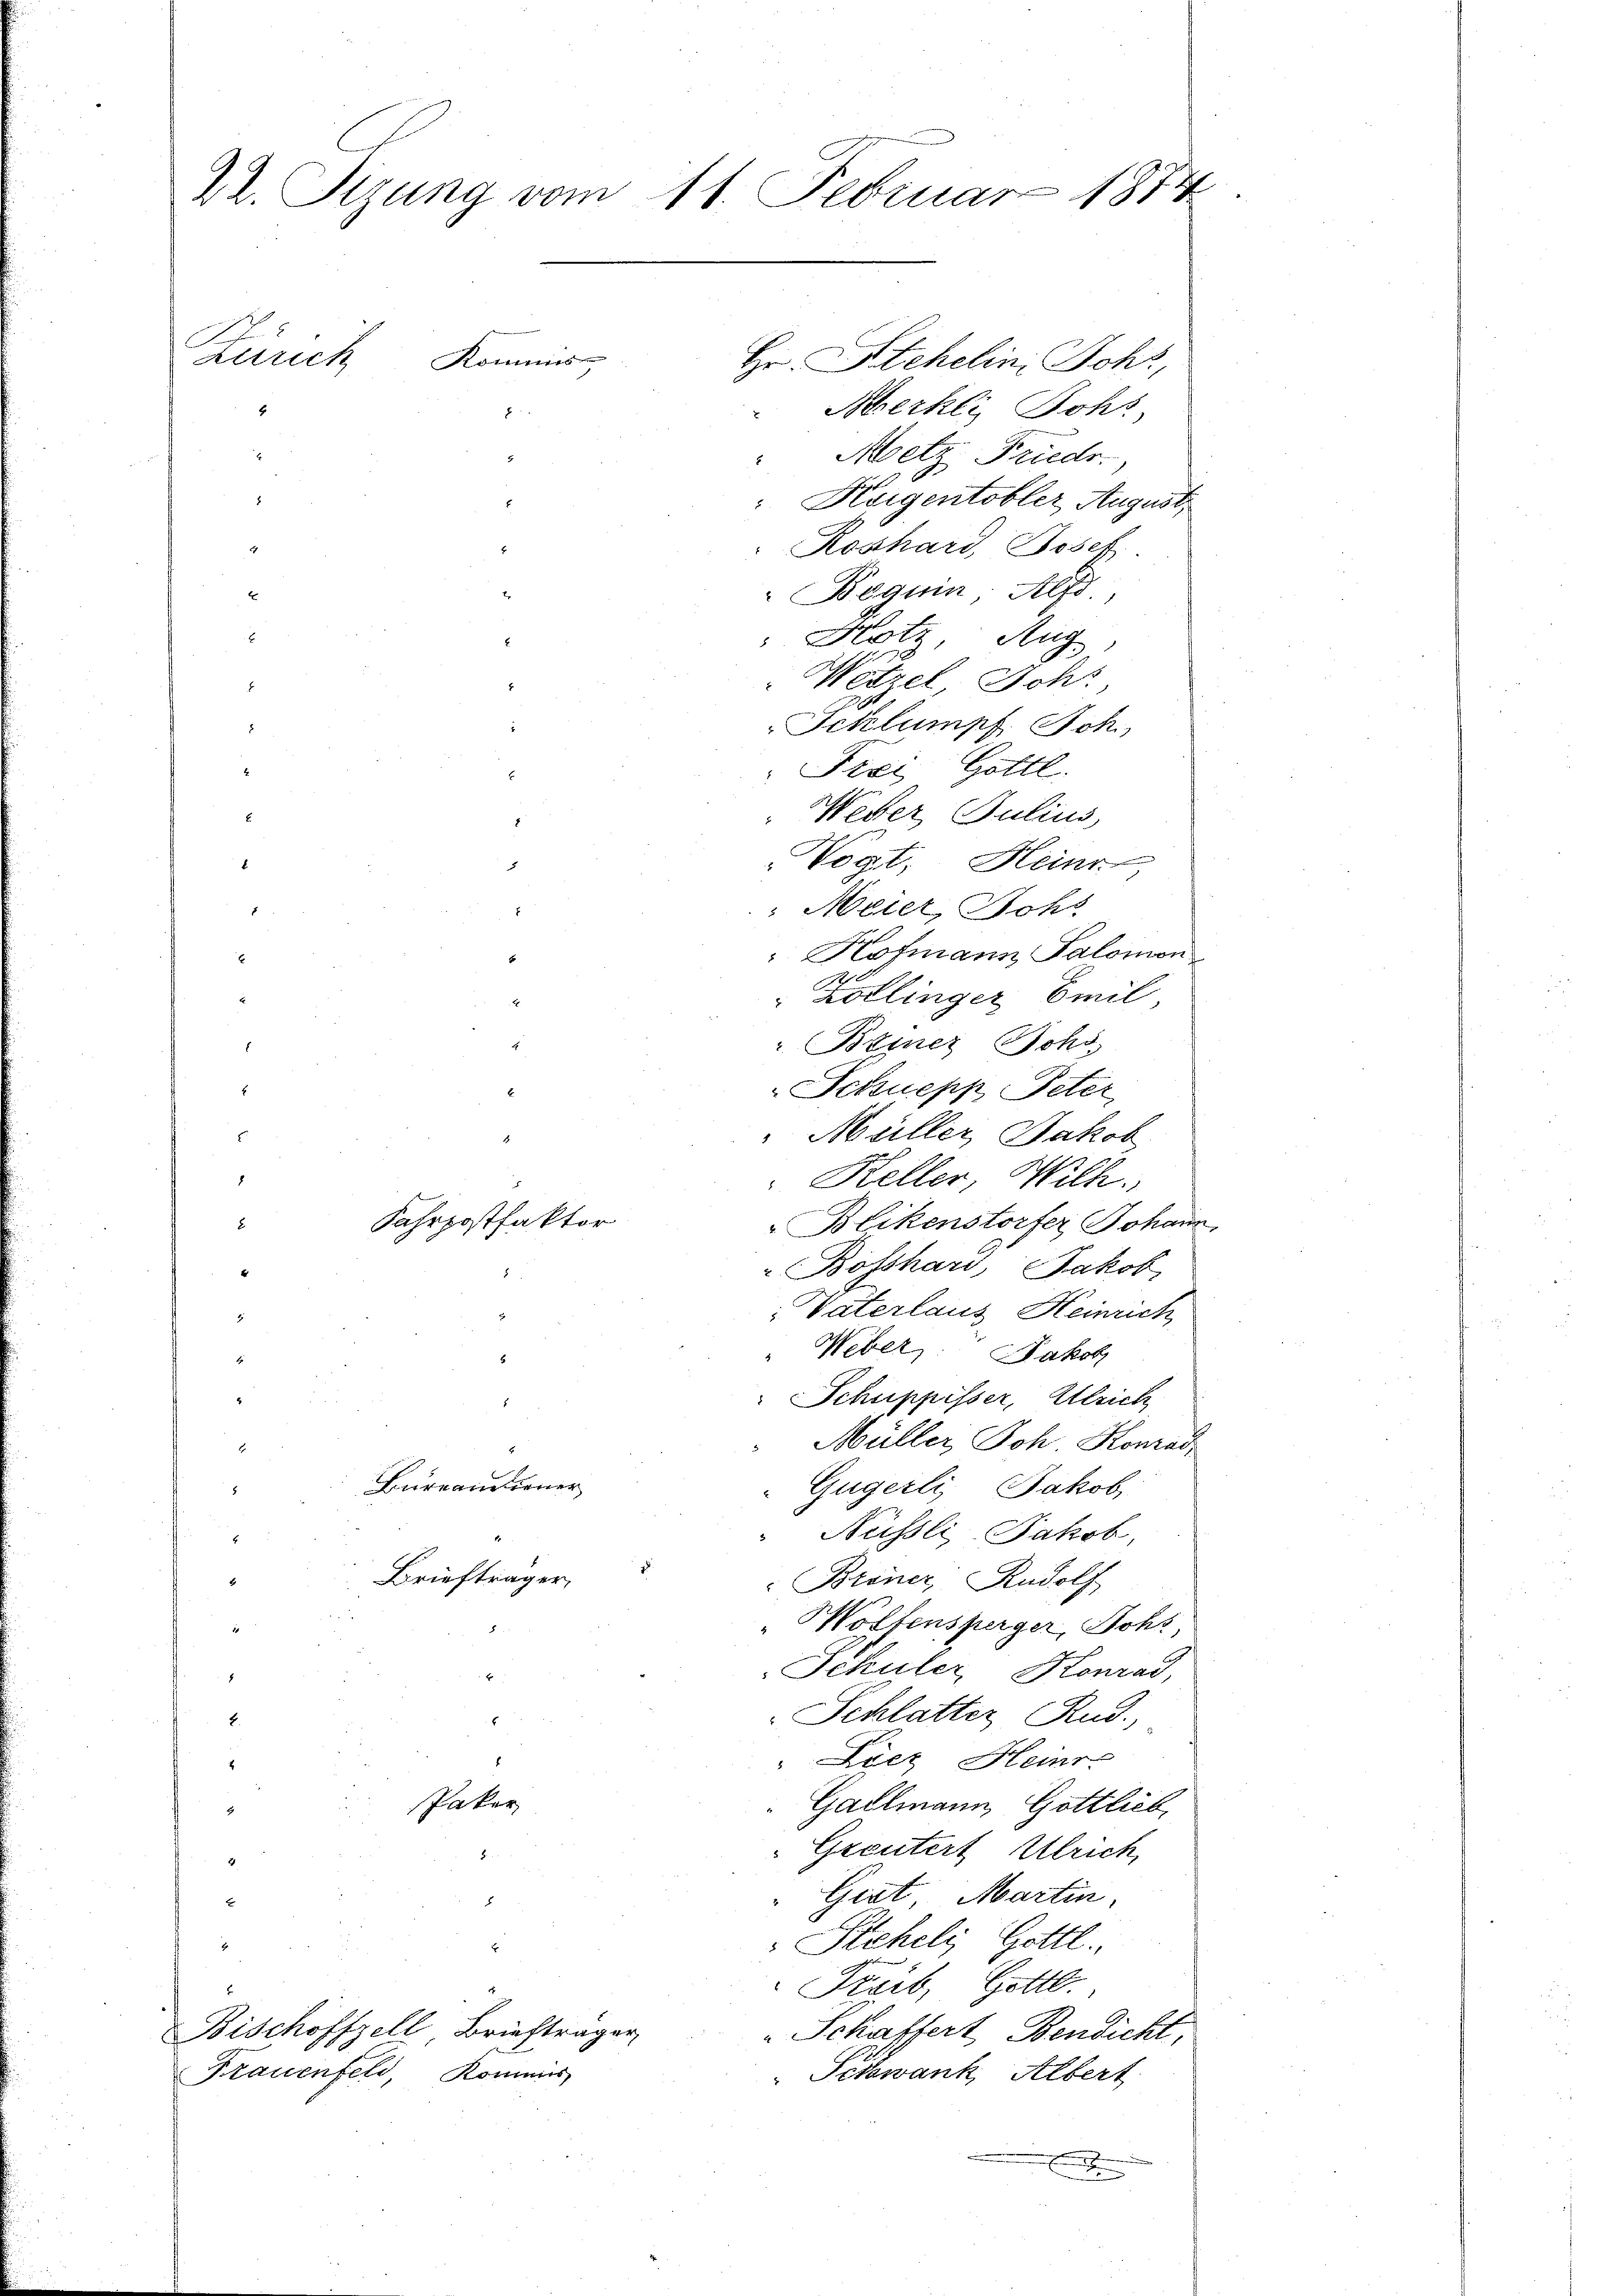
Dr. Sitzung vom 11. Februar 1874
Zürich Kommis
Hr. Stehelin Johs.
Herhli, Johs
8
2
Moetz, Friedr.

.
Frauenfeld, Kommis

Fahrpostfaktor

Kaigentobler August
.
Roshard, Josef
Beguin, Alfd.
"Hotz, Aug
Wetzel, Johs.
Schlumpf Joh.
Frei Gottl.
Weber Julius
Vogt, Heinr
5
 Meier, Rohs
 Hofmann Salomon
" Zollinger Emil,
"Briner Johs
E
Schüepp Peter
Müller, Jakob
 Keller, Wilh.
Blikenstorfer Johann
Bosshari, Jakob
Vaterlaus Heinrich
Weber, Jakob
4
Schuppisser, Ulrich
Müller Joh. Konrad
Bureaudiener
Gugerli, Jakob,
Nüssli, Jakob,
Briefträger,
Briner Rudolf
Wolfensperger, Johs
Schüler, Konrad,
Schlatter Rud.,
Liez Heinre
Paker
Gallmann, Gottlieb,
Greutert Ulrich,
8
Giat Martin.
Peheli Gottl.
Freib, Gottl.
" Schaffert Bendicht,
Schwank, Albert

Bischoffzell Briefträger